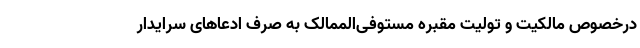
درخصوص مالکیت و تولیت مقبره مستوفی‌الممالک به صرف ادعاهای سرایدار